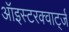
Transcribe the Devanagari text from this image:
ऑइस्टरक्वार्ट्ज